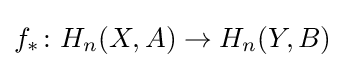
f_{*}\colon H_{n}(X,A)\to H_{n}(Y,B)